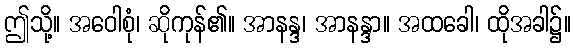
ဤသို့။ အဝေါစုံ၊ ဆိုကုန်၏။ အာနန္ဒ၊ အာနန္ဒာ။ အထခေါ၊ ထိုအခါ၌။